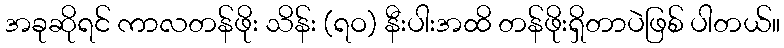
အခုဆိုရင် ကာလတန်ဖိုး သိန်း (ရဝ) နီးပါးအထိ တန်ဖိုးရှိတာပဲဖြစ် ပါတယ်။